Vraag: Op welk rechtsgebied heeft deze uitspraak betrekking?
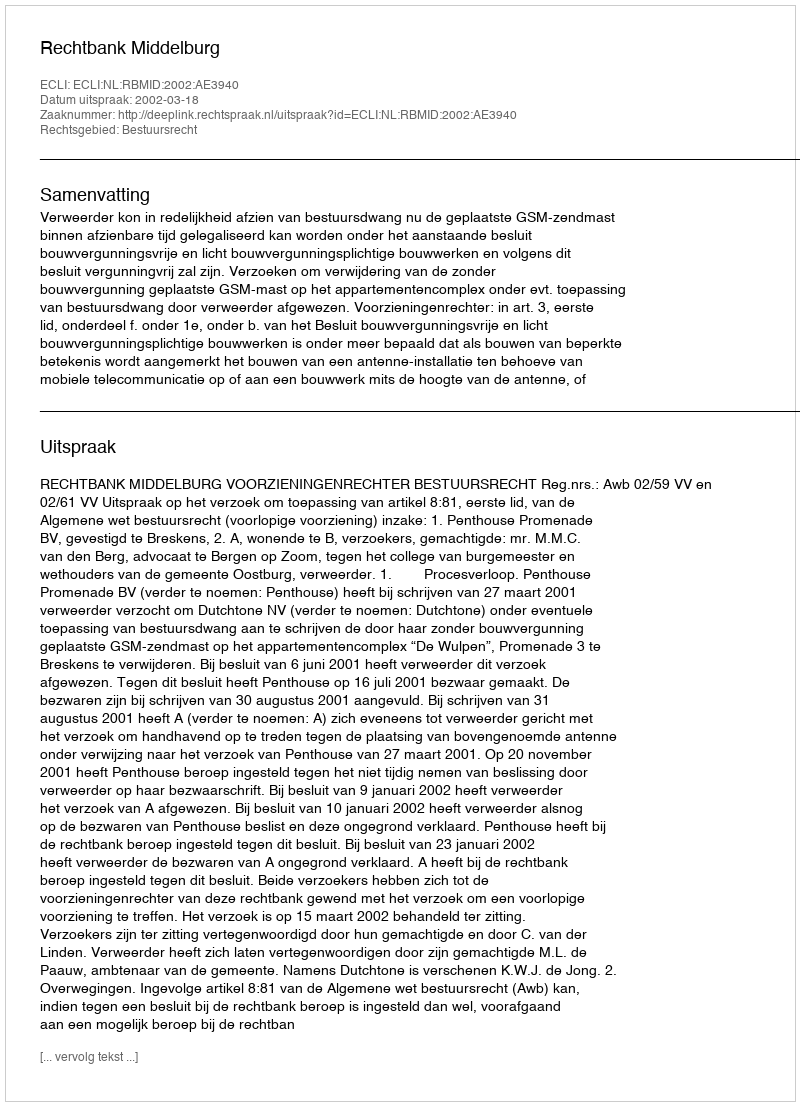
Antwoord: Bestuursrecht